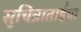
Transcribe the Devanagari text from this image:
सुचित्राताईंचा